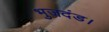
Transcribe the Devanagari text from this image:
भुजदंड।